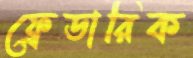
ফ্রেডারিক